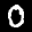
Label: 0